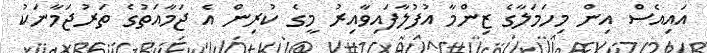
އައިއެސް އިން މިހަމަލާގެ ޒިންމާ އުފުލާފައިވާއިރު މީގެ ކުރިން އެ ޖަމާއަތުގެ ތަރުޖަމާނަކު